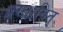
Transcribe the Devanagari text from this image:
प्रस्तावित्